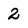
Character: 2